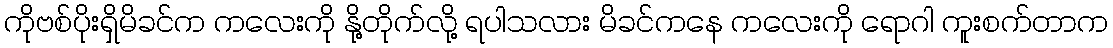
ကိုဗစ်ပိုးရှိမိခင်က ကလေးကို နို့တိုက်လို့ ရပါသလား မိခင်ကနေ ကလေးကို ရောဂါ ကူးစက်တာက